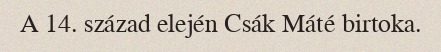
A 14. század elején Csák Máté birtoka.